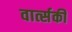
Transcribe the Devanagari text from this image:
वार्त्सकी